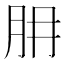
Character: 𦙇